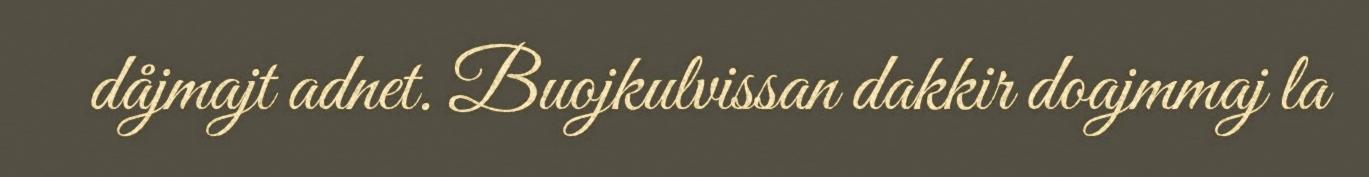
dåjmajt adnet. Buojkulvissan dakkir doajmmaj la